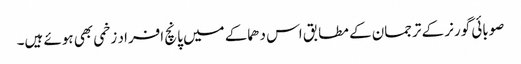
صوبائی گورنر کے ترجمان کے مطابق اس دھماکے میں پانچ افراد زخمی بھی ہوئے ہیں۔